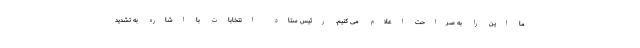
ما این را به صراحت اعلام می کنیم. رئیس ستاد انتخابات با اشاره به تشدید